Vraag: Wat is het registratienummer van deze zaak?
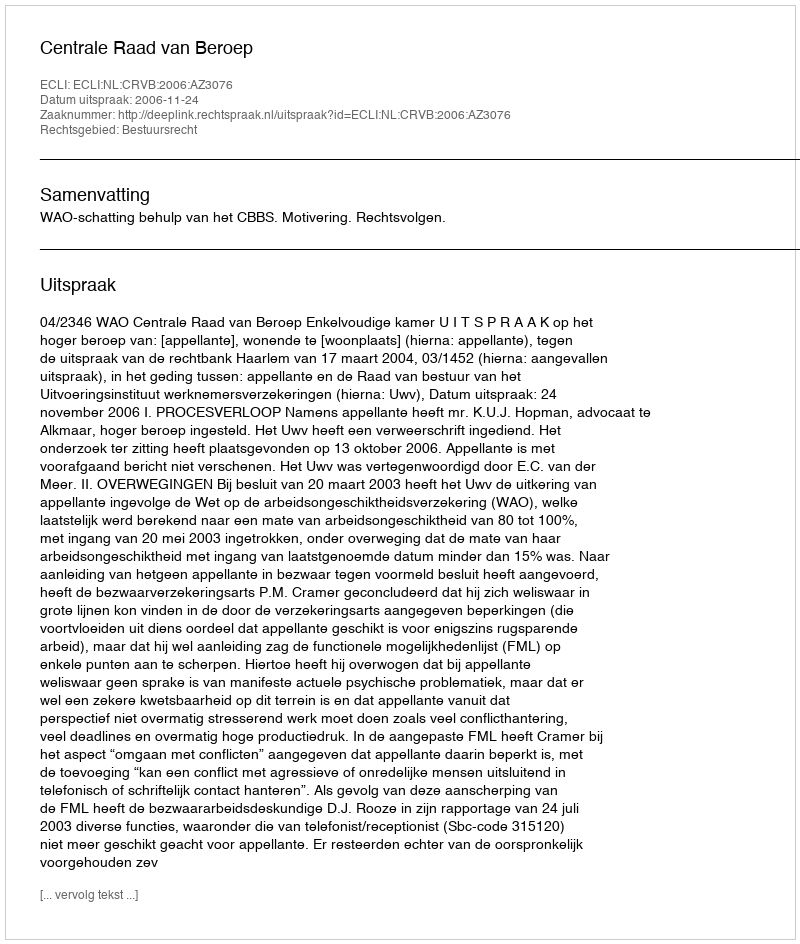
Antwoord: http://deeplink.rechtspraak.nl/uitspraak?id=ECLI:NL:CRVB:2006:AZ3076